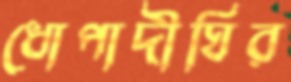
ধোপাদীঘির